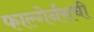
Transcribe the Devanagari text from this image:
फाल्गेर्नसची